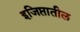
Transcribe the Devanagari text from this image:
इजिप्तातील